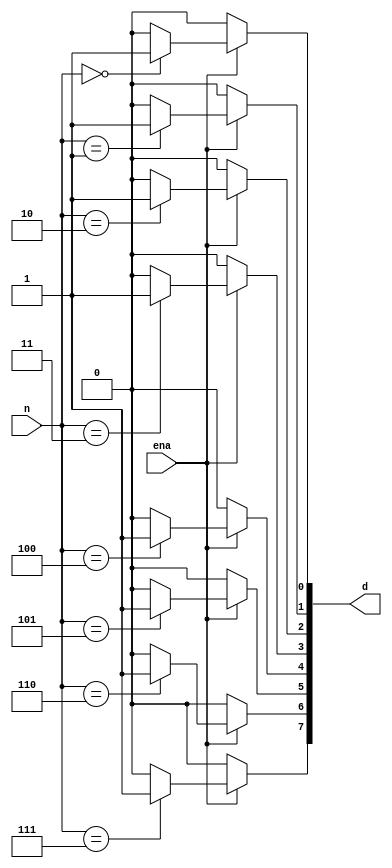
module decoder3x8(n,ena,d);
	input [2:0] n;
	input ena;
	output [7:0]d;

	assign d[0] = (ena==1) ?((n ==3'b000) ? 1: 0):0; 
	assign d[1] = (ena==1) ?((n ==3'b001) ? 1: 0):0;
	assign d[2] = (ena==1) ?((n ==3'b010) ? 1: 0):0; 
	assign d[3] = (ena==1) ?((n ==3'b011) ? 1: 0):0; 
	assign d[4] = (ena==1) ?((n ==3'b100) ? 1: 0):0; 
	assign d[5] = (ena==1) ?((n ==3'b101) ? 1: 0):0; 
	assign d[6] = (ena==1) ?((n ==3'b110) ? 1: 0):0; 
	assign d[7] = (ena==1) ?((n ==3'b111) ? 1: 0):0; 
endmodule